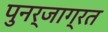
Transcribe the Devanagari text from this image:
पुनर्जाग्रत